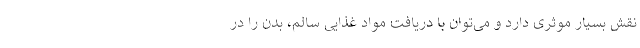
نقش بسیار موثری دارد و می‌توان با دریافت مواد غذایی سالم، بدن را در